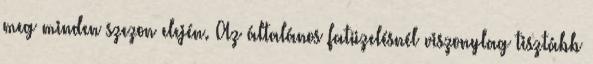
meg minden szezon elején. Az általános fatüzelésnél viszonylag tisztább